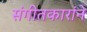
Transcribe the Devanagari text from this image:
संगीतकारांने